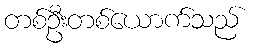
တစ်ဦးတစ်ယောက်သည်